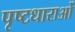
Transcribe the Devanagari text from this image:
पृष्टधाराओं